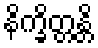
နိက္ခိတ္တန္တိ